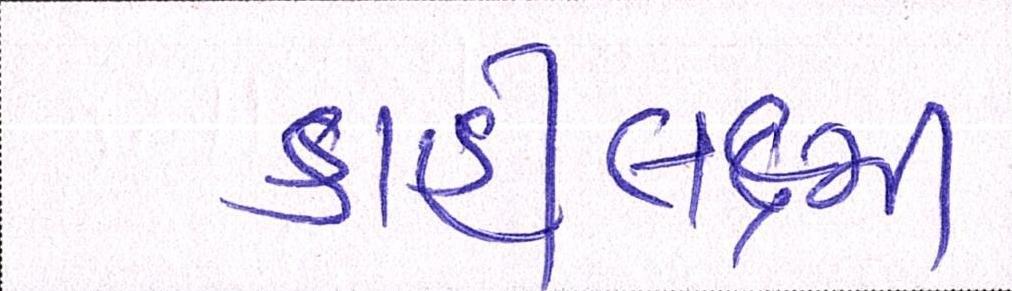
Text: ડાહીલક્ષ્મી